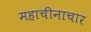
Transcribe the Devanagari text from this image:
महाचीनाचार